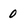
Character: 0